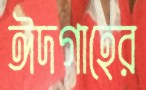
ঈদগাহের